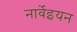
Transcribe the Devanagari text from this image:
नार्वेइयन